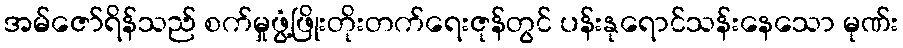
အမ်ဇော်ရိန်သည် စက်မှုဖွံ့ဖြိုးတိုးတက်ရေးဇုန်တွင် ပန်းနုရောင်သန်းနေသော မုဏ်း